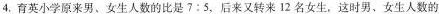
4.育英小学原来男、女生人数的比是$$7 : 5$$，后来又转来12名女生，这时男、女生人数的